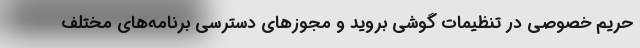
حریم خصوصی در تنظیمات گوشی بروید و مجوزهای دسترسی برنامه‌های مختلف